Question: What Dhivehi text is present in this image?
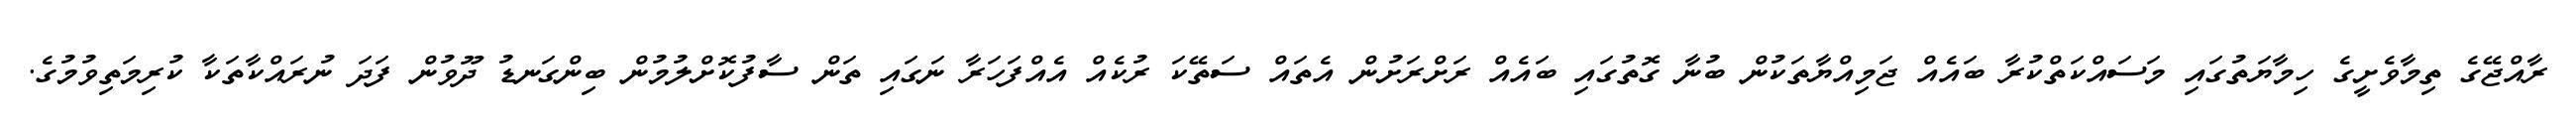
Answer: ރާއްޖޭގެ ތިމާވެށީގެ ހިމާޔަތުގައި މަސައްކަތްކުރާ ބައެއް ޖަމިއްޔާތަކުން ބުނާ ގޮތުގައި ބައެއް ރަށްރަށުން އެތައް ސަތޭކަ ރުކެއް އެއްފަހަރާ ނަގައި ތަން ސާފުކޮށްލުމުން ބިންގަނޑު ދޫވުން ފަދަ ނުރައްކާތަކާ ކުރިމަތިވުމުގެ.